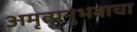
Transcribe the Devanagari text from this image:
अमृतानुभवाचा